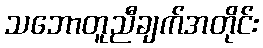
သဘောတူညီချက်အတိုင်း